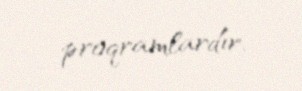
proqramlardır.